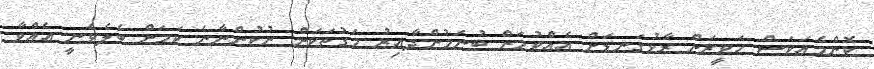
ކޮންމެއަކަސް ހަވީރަށް ރާޅުގަނޑަށް އެއްވުމަށް ބުނަމުންދާއިރު މަގުތަކަށް ނުކުންނާނެ ކަމަށް ބެލެވެނީ އެއްވާ